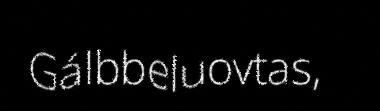
Gálbbeluovtas,